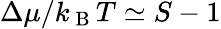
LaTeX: \Delta\mu/k_{\mathrm{~B~}}T\simeq S-1